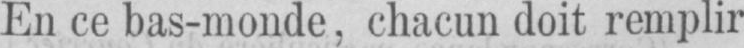
En ce bas-monde, chacun doit remplir